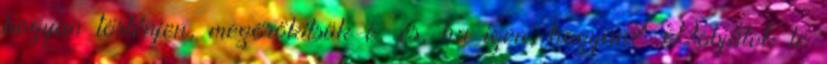
hogyan történjen, megörökítsük-e, és, ha igen, hogyan? Dobjátok le